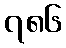
၇၈၆